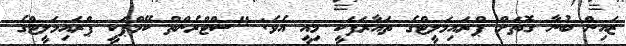
ޒައިން ބުނާ ގޮތަށް ޕްރައިމަލީޓްގެ ތައާރަފަކީ މިއީ އެވެ: "ސްޓްރެންތް ކޭމްޕަކީ ޕްރައިމަލީޓްގެ